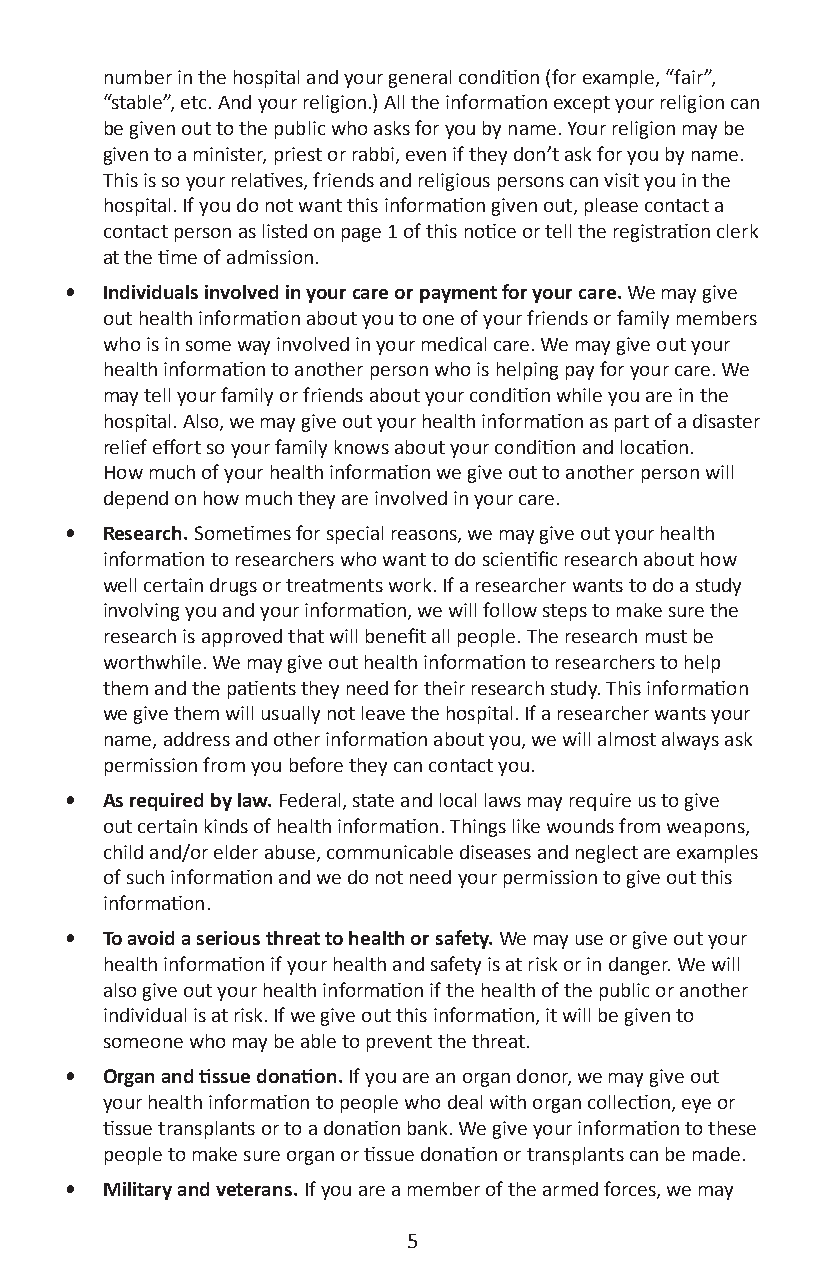
number in the hospital and your general condition (for example, “fair”,
 “stable”, etc. And your religion.) All the information except your religion can
 be given out to the public who asks for you by name. Your religion may be
 given to a minister, priest or rabbi, even if they don’t ask for you by name.
 This is so your relatives, friends and religious persons can visit you in the
 hospital. If you do not want this information given out, please contact a
 contact person as listed on page 1 of this notice or tell the registration clerk
 at the time of admission.
 •  Individuals involved in your care or payment for your care. We may give
 out health information about you to one of your friends or family members
 who is in some way involved in your medical care. We may give out your
 health information to another person who is helping pay for your care. We
 may tell your family or friends about your condition while you are in the
 hospital. Also, we may give out your health information as part of a disaster
 relief effort so your family knows about your condition and location.
 How much of your health information we give out to another person will
 depend on how much they are involved in your care.
 •  Research. Sometimes for special reasons, we may give out your health
 information to researchers who want to do scientific research about how
 well certain drugs or treatments work. If a researcher wants to do a study
 involving you and your information, we will follow steps to make sure the
 research is approved that will benefit all people. The research must be
 worthwhile. We may give out health information to researchers to help
 them and the patients they need for their research study. This information
 we give them will usually not leave the hospital. If a researcher wants your
 name, address and other information about you, we will almost always ask
 permission from you before they can contact you.
 •  As required by law. Federal, state and local laws may require us to give
 out certain kinds of health information. Things like wounds from weapons,
 child and/or elder abuse, communicable diseases and neglect are examples
 of such information and we do not need your permission to give out this
 information.
 •  To avoid a serious threat to health or safety. We may use or give out your
 health information if your health and safety is at risk or in danger. We will
 also give out your health information if the health of the public or another
 individual is at risk. If we give out this information, it will be given to
 someone who may be able to prevent the threat.
 •  Organ and tissue donation. If you are an organ donor, we may give out
 your health information to people who deal with organ collection, eye or
 tissue transplants or to a donation bank. We give your information to these
 people to make sure organ or tissue donation or transplants can be made.
 •  Military and veterans. If you are a member of the armed forces, we may
 5